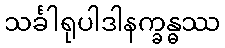
သင်္ခါရုပါဒါနက္ခန္ဓဿ